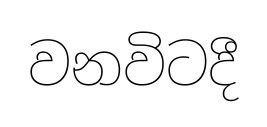
වනවිටදී